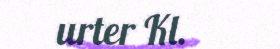
urter Kl.